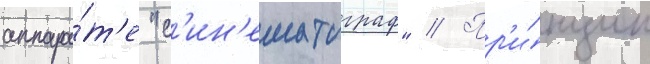
аппара́т'е "с'ин'ематограф" // Пр'и́нцип